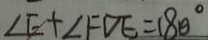
\angle E + \angle F D E = 1 8 0 ^ { \circ }